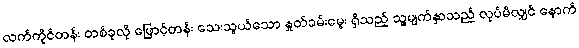
လက်ကိုင်တန်း တစ်ခုလို ဖြောင့်တန်း သေးသွယ်သော နှုတ်ခမ်းမွေး ရှိသည့် သူ့မျက်နှာသည် လုပ်မိလျှင် နောက်